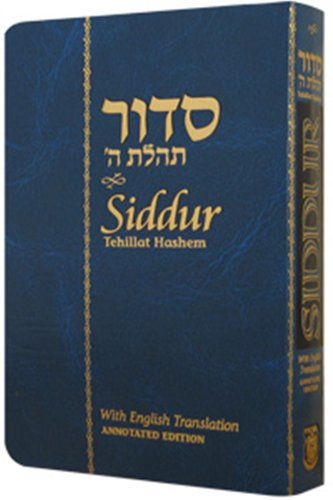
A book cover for Siddur Tehillat Hashem - Annotated English Flexi Cover Compact Edition; Rabbi Shneur Zalman of Liadi; Religion & Spirituality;